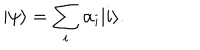
| \psi \rangle = \sum _ { i } \alpha _ { i } | i \rangle .